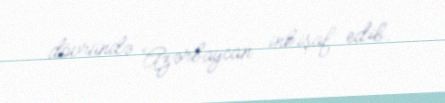
dövründə Azərbaycan inkişaf edib.